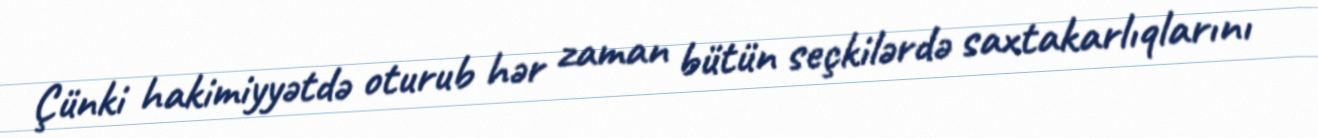
Çünki hakimiyyətdə oturub hər zaman bütün seçkilərdə saxtakarlıqlarını